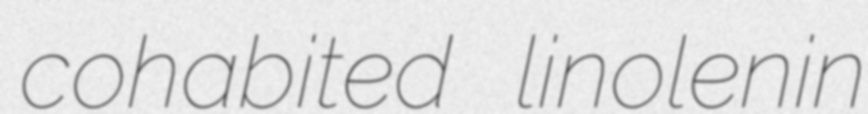
cohabited linolenin